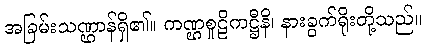
အခြမ်းသဏ္ဌာန်ရှိ၏။ ကဏ္ဌစူဠိကဋ္ဌီနိ၊ နားခွက်ရိုးတို့သည်။